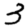
Digit: 3